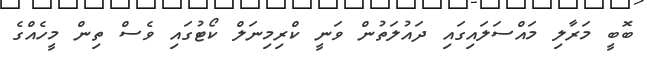
ބޮބީ މަރާލި މައްސަލައިގައި ދައުލަތުން ވަނީ ކްރިމިނަލް ކޯޓުގައި ވެސް ތިން މީހެއްގެ